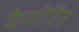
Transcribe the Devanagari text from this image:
कैमोरिन